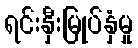
ရင်းနှီးမြုပ်နှံမှု